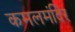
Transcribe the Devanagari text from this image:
कमलमंदिर